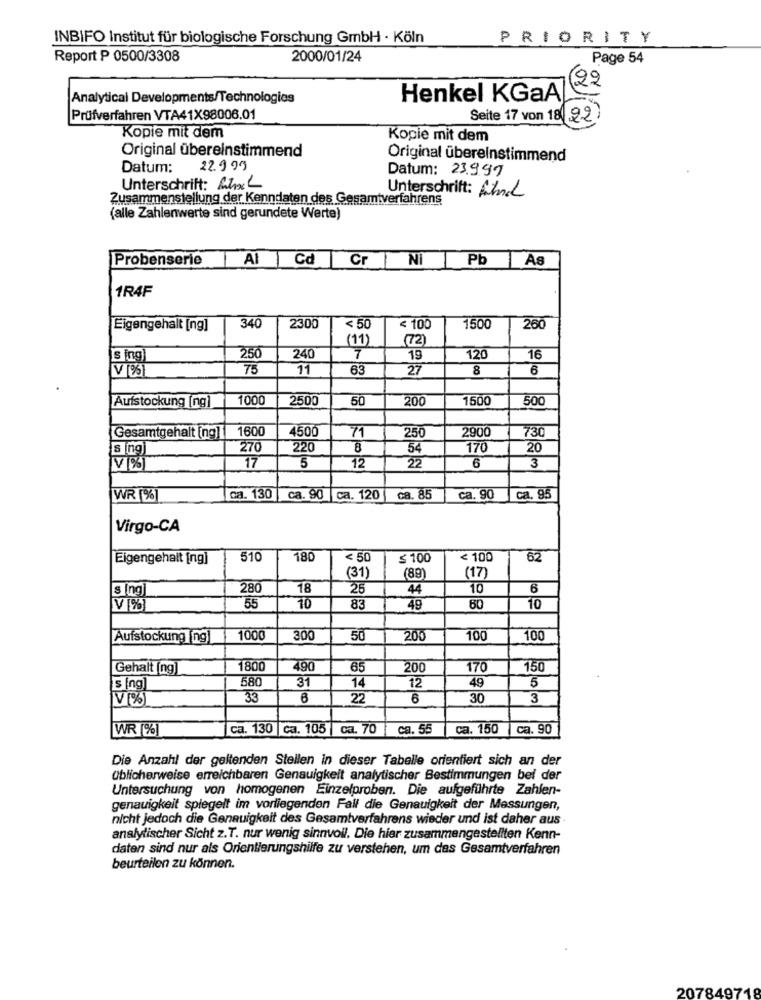
INBIFO Institut für biologische Forschung GmbH - Köln
PRIORITY
Report P 0500/3308
2000/01/24
Page 54
22
Analytical Developments/Technologies
Henkel KGaA
Prüfverfahren VTA41X98006.01
Seite 17 von 18 22)
Kopie mit dem
Kopie mit dem
Original übereinstimmend
Original übereinstimmend
Datum:
22.999
Datum: 23999
Unterschrift: Ahxl
Zusammenstellung der Kenndaten des Gesamtverfahrens
Unterschrift: Ahmet
(alle Zahlenwerte sind gerundete Werte)
Probenserie
Al | Cd| Cr Ni Pb As
1R4F
Eigengehalt [ng]
340
2300
< 50
< 100
1500
260
(11)
(72)
sing
250
240
7
19
120
16
V [%]
75
11
63
27
8
6
Aufstockung [ng]
1000
2500
50
200
1500
500
1600
4500
71
2900
730
Gesamtgehalt [ng] |
250
Bing
270
220
8
54
170
20
17
5
12
22
6
3
WR [%]
ca. 130 ca. 90 |ca. 120
ca. 85
ca. 90
ca. 95
Virgo-CA
Eigengehalt [ng]
510
180
< 50
$ 100
< 100
62
(31)
(89)
(17
sing
280
18
25
44
10
6
V%
55
10
83
49
60
10
Aufstockung ng]
1000
300
50
200
100
100
Gehalt [ng)
1800
490
85
200
170
150
580
Sing
31
14
12
49
5
V %
33
6
22
6
30
3
WR [%]
ca. 130 |ca. 105 | ca. 70
ca. 55
ca. 150
ca. 90
Die Anzahl der geltenden Stellen in dieser Tabelle orientiert sich an der
Üblicherweise erreichbaren Genauigkeit analytischer Bestimmungen bei der
Untersuchung von homogenen Einzelproben. Die aufgeführte Zahlen-
genauigkeit spiegelt im vorliegenden Fall die Genauigkeit der Messungen,
nicht jedoch die Genauigkeit des Gesamtverfahrens wieder und ist daher aus .
analytischer Sicht z.T. nur wenig sinnvoll. Die hier zusammengestellten Kenn-
daten sind nur als Orientierungshilfe zu verstehen, um das Gesamtverfahren
beurteilen zu können.
207849718